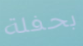
بحفلة